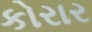
કોરાર